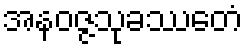
အနဝဇ္ဇသုခဿေတံ